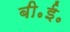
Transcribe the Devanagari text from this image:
बी॰ई॰